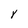
Character: Y